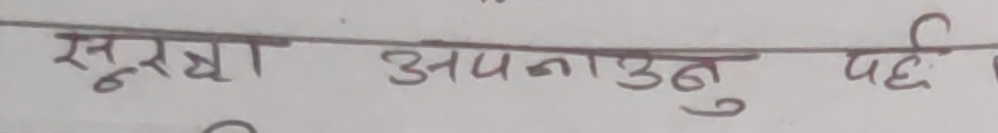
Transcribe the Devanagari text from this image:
सुरक्षा अपनाउनु पर्छ